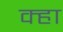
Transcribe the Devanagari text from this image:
क्हा